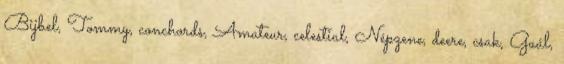
Bijbel, Tommy, conchords, Amateur, celestial, Népzene, deere, csak, Gaál,